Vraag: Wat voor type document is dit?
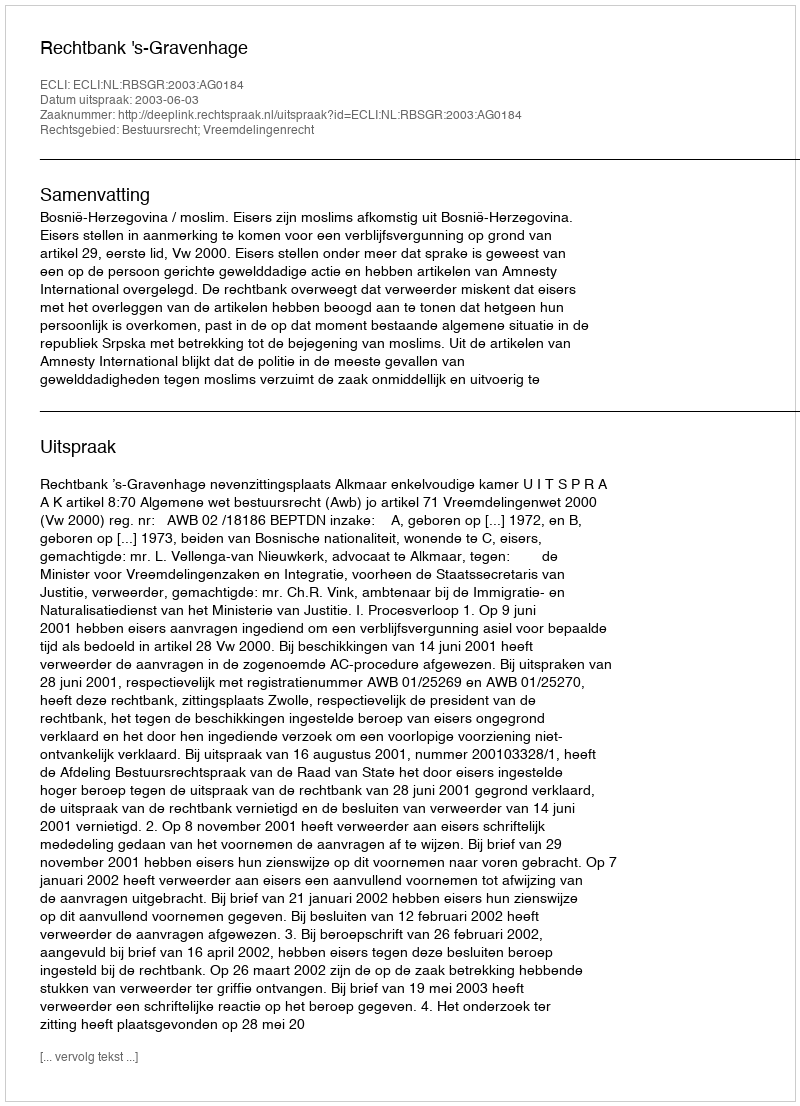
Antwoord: Uitspraak